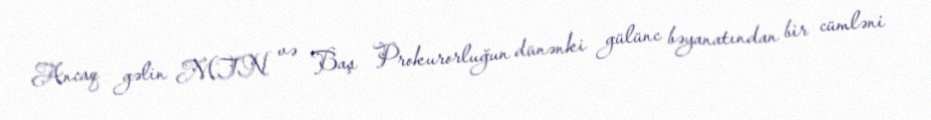
Ancaq gəlin MTN və Baş Prokurorluğun dünənki gülünc bəyanatından bir cümləni